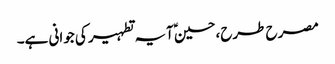
مصرح طرح،حسینؑ آیہ تطہیر کی جوانی ہے۔